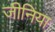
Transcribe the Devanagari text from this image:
जीनिया